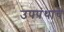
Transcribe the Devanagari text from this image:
उपपंथाचे